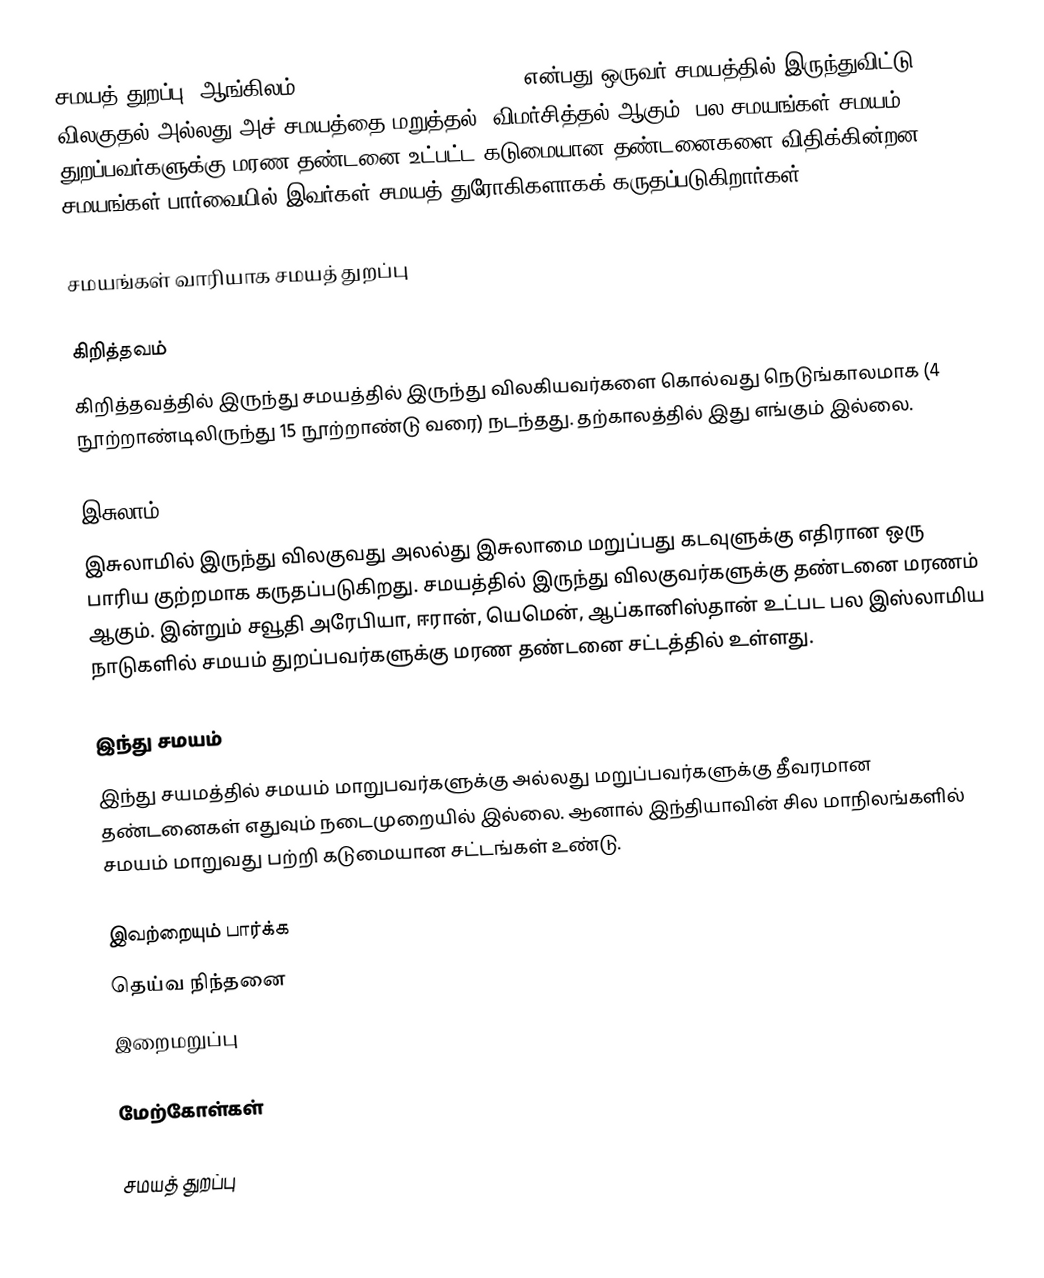
சமயத் துறப்பு (ஆங்கிலம்: Religious disaffiliation) என்பது ஒருவர் சமயத்தில் இருந்துவிட்டு விலகுதல் அல்லது அச் சமயத்தை மறுத்தல், விமர்சித்தல் ஆகும்.  பல சமயங்கள் சமயம் துறப்பவர்களுக்கு மரண தண்டனை உட்பட்ட கடுமையான தண்டனைகளை விதிக்கின்றன.  சமயங்கள் பார்வையில் இவர்கள் சமயத் துரோகிகளாகக் கருதப்படுகிறார்கள்.

சமயங்கள் வாரியாக சமயத் துறப்பு

கிறித்தவம்
கிறித்தவத்தில் இருந்து சமயத்தில் இருந்து விலகியவர்களை கொல்வது நெடுங்காலமாக (4 நூற்றாண்டிலிருந்து 15 நூற்றாண்டு வரை) நடந்தது.  தற்காலத்தில் இது எங்கும் இல்லை.

இசுலாம்
இசுலாமில் இருந்து விலகுவது அலல்து இசுலாமை மறுப்பது கடவுளுக்கு எதிரான ஒரு பாரிய குற்றமாக கருதப்படுகிறது.  சமயத்தில் இருந்து விலகுவர்களுக்கு தண்டனை மரணம் ஆகும்.  இன்றும் சவூதி அரேபியா, ஈரான், யெமென், ஆப்கானிஸ்தான் உட்பட பல இஸ்லாமிய நாடுகளில் சமயம் துறப்பவர்களுக்கு மரண தண்டனை சட்டத்தில் உள்ளது.

இந்து சமயம்
இந்து சயமத்தில் சமயம் மாறுபவர்களுக்கு அல்லது மறுப்பவர்களுக்கு தீவரமான தண்டனைகள் எதுவும் நடைமுறையில் இல்லை.  ஆனால் இந்தியாவின் சில மாநிலங்களில் சமயம் மாறுவது பற்றி கடுமையான சட்டங்கள் உண்டு.

இவற்றையும் பார்க்க
 தெய்வ நிந்தனை
 இறைமறுப்பு

மேற்கோள்கள்

சமயத் துறப்பு